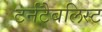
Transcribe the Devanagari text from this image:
टर्नटैबलिस्ट